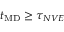
t _ { \mathrm { M D } } \geq \tau _ { N V E }